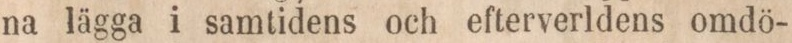
na lägga i samtidens och efterverldens omdö-